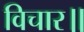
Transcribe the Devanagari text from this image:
विचार॥